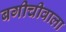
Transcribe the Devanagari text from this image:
बगीचीवाला